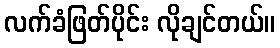
လက်ခံဖြတ်ပိုင်း လိုချင်တယ်။